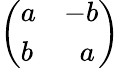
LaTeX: \left(\begin{array}{ll}{a}&{-b}\\ {b}&{\; \; a}\end{array}\right)